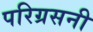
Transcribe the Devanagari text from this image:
परिग्रसनी